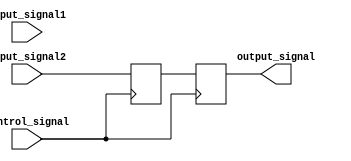
module io_buffer (
    input wire input_signal1,
    input wire input_signal2,
    input wire control_signal,
    output reg output_signal
);

reg selected_signal;

always @ (posedge control_signal) begin
    if (control_signal) begin
        if (control_signal == 1'b0) begin
            selected_signal <= input_signal1;
        end else begin
            selected_signal <= input_signal2;
        end
    end
end

always @ (posedge control_signal) begin
    output_signal <= selected_signal;
end

endmodule